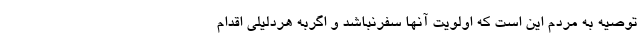
توصیه به مردم این است که اولویت آنها سفرنباشد و اگربه هردلیلی اقدام